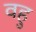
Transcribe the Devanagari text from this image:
वहु